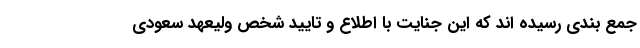
جمع بندی رسیده اند که این جنایت با اطلاع و تایید شخص ولیعهد سعودی